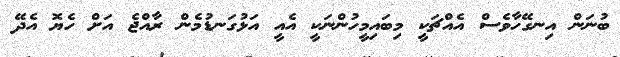
ބުނަން އިނގޭހާވެސް އެއްޗަކީ މިބައިމީހުންނަކީ އެއީ އަޅުގަނޑުމެން ރާއްޖެ އަށް ހެޔޮ އެދޭ